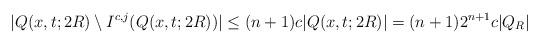
LaTeX: \begin{align*}|Q(x,t;2R) \setminus I^{c,j}(Q(x,t;2R))| \leq (n+1) c |Q(x,t;2R)| = (n+1) 2^{n+1} c |Q_R|\end{align*}